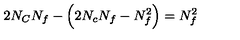
2 N _ { C } N _ { f } - \Big ( 2 N _ { c } N _ { f } - N _ { f } ^ { 2 } \Big ) = N _ { f } ^ { 2 }